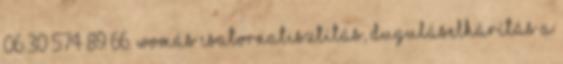
06 30 574 89 66. Womás csatornatisztítás, duguláselhárítás a